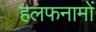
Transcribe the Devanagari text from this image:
हलफनामों